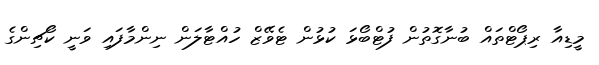
މީޑިއާ ރިޕޯޓްތައް ބުނާގޮތުން ފުޓްބޯޅަ ކުޅުން ޓެވޭޒް ހުއްޓާލަން ނިންމާފައި ވަނީ ކޯޗިންގެ